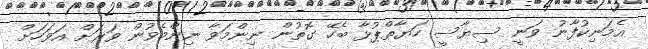
އެމަނިކުފާނު ވަނީ ސިޔާސީ ހަޔާތްޕުޅާ ބެހޭ ގޮތުން ނިންމަވާ ނިންމެވުން ވަރަށް އަވަހަށް